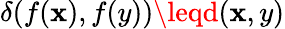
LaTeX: \delta(f(\mathbf{x}),f(y))\leqd(\mathbf{x},y)